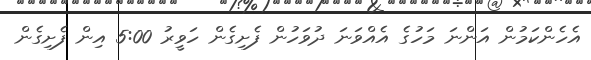
އެހެންކަމުން އަންނަ މަހުގެ އެއްވަނަ ދުވަހުން ފެށިގެން ހަވީރު 5:00 އިން ފެށިގެން